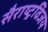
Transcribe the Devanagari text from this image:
सैराष्ट्रविजय